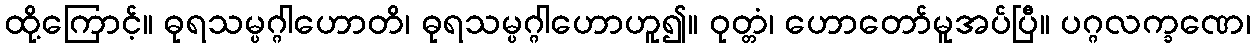
ထို့ကြောင့်။ ဓုရသမ္ပဂ္ဂါဟောတိ၊ ဓုရသမ္ပဂ္ဂါဟောဟူ၍။ ဝုတ္တံ၊ ဟောတော်မူအပ်ပြီ။ ပဂ္ဂလက္ခဏေ၊